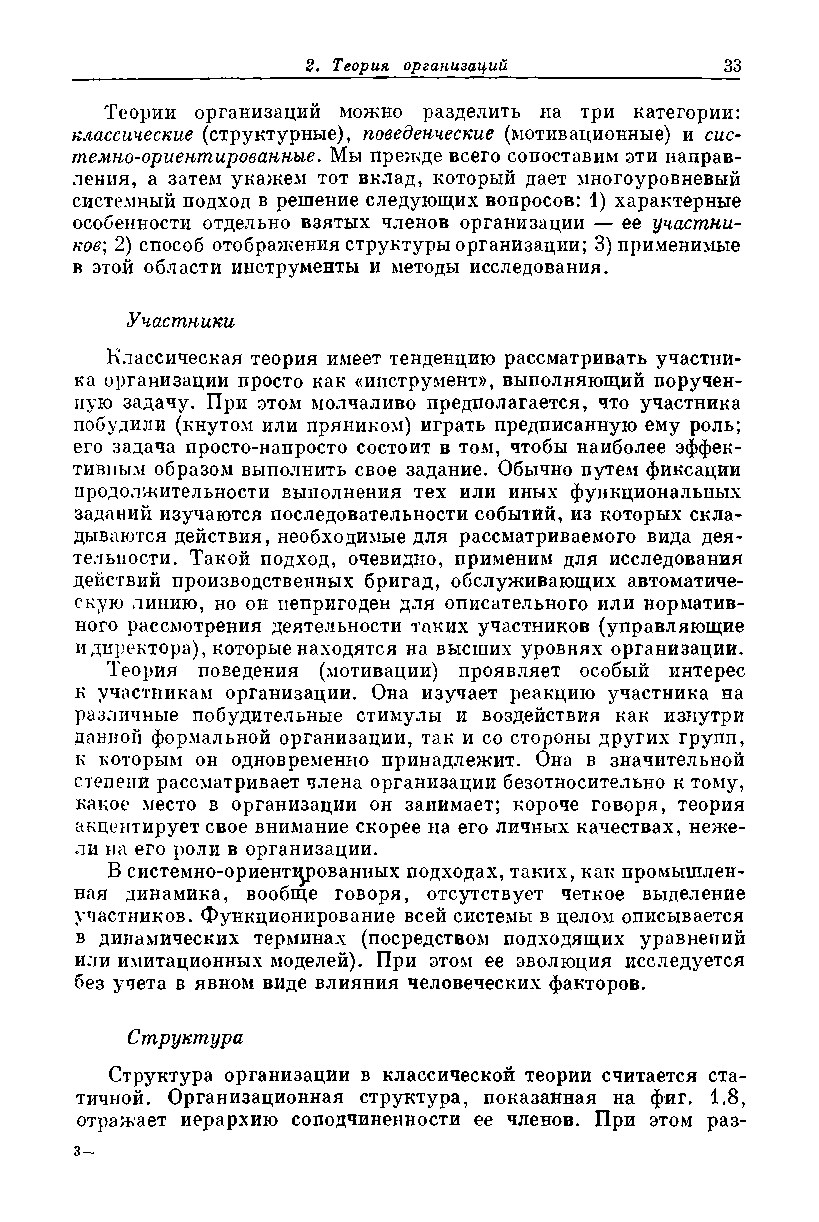
Теории организаций можно разделить на три категории:
 классические (структурные), поведенческие (мотивационные) и сис­
 темно-ориентированные. Мы прежде всего сопоставим эти направ­
 ления, а затем укажем тот вклад, который дает многоуровневый
 системный подход в решение следующих вопросов: 1) характерные
 особенности отдельно взятых членов организации — ее участни­
 ков; 2) способ отображения структуры организации; 3) применимые
 в этой области инструменты и методы исследования.
 Участники
 Классическая теория имеет тенденцию рассматривать участни­
 ка организации просто как «инструмент», выполняющий поручен­
 ную задачу. При этом молчаливо предполагается, что участника
 побудили (кнутом или пряником) играть предписанную ему роль;
 его задача просто-напросто состоит в том, чтобы наиболее эффек­
 тивным образом выполнить свое задание. Обычно путем фиксации
 продолжительности выполнения тех или иных функциональных
 заданий изучаются последовательности событий, из которых скла­
 дываются действия, необходимые для рассматриваемого вида дея­
 тельности. Такой подход, очевидно, применим для исследования
 действий производственных бригад, обслуживающих автоматиче­
 скую линию, но он непригоден для описательного или норматив­
 ного рассмотрения деятельности таких участников (управляющие
 и директора), которые находятся на высших уровнях организации.
 Теория поведения (мотивации) проявляет особый интерес
 к участникам организации. Она изучает реакцию участника на
 различные побудительные стимулы и воздействия как изнутри
 данной формальной организации, так и со стороны других групп,
 к которым он одновременно принадлежит. Она в значительной
 степени рассматривает члена организации безотносительно к тому,
 какое место в организации он занимает; короче говоря, теория
 акцентирует свое внимание скорее на его личных качествах, неже­
 ли на его роли в организации.
 В системно-ориентированных подходах, таких, как промышлен­
 ная динамика, вообще говоря, отсутствует четкое выделение
 участников. Функционирование всей системы в целом описывается
 в динамических терминах (посредством подходящих уравнений
 или имитационных моделей). При этом ее эволюция исследуется
 без учета в явном виде влияния человеческих факторов.
 Структура
 Структура организации в классической теории считается ста­
 тичной. Организационная структура, показанная на фиг. 1.8,
 отражает иерархию соподчиненности ее членов. При этом раз-
 з-